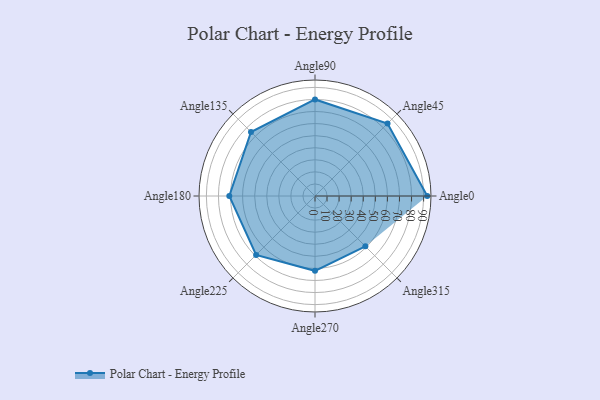
{"axis": {"x": "Angle", "y": "Radius"}, "legend": [""], "data": [{"x": "Angle0", "y": 93.0, "type": ""}, {"x": "Angle45", "y": 85.0, "type": ""}, {"x": "Angle90", "y": 80.0, "type": ""}, {"x": "Angle135", "y": 75.0, "type": ""}, {"x": "Angle180", "y": 71.0, "type": ""}, {"x": "Angle225", "y": 69.0, "type": ""}, {"x": "Angle270", "y": 62.0, "type": ""}, {"x": "Angle315", "y": 59.0, "type": ""}]}